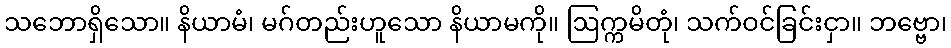
သဘောရှိသော။ နိယာမံ၊ မဂ်တည်းဟူသော နိယာမကို။ ဩက္ကမိတုံ၊ သက်ဝင်ခြင်းငှာ။ ဘဗ္ဗော၊